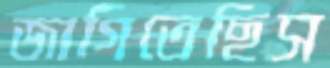
জাগিতেছিস